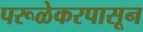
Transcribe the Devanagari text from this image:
परूळेकरपासून